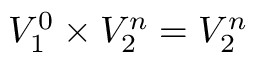
V _ { 1 } ^ { 0 } \times V _ { 2 } ^ { n } = V _ { 2 } ^ { n }